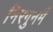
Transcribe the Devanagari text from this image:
निरगुनमैं